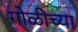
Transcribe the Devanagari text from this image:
गोळीच्या